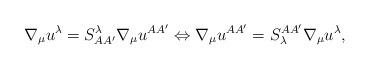
LaTeX: \begin{align*}\nabla _{\mu }u^{\lambda }=S_{AA^{\prime }}^{\lambda }\nabla _{\mu}u^{AA^{\prime }}\Leftrightarrow \nabla _{\mu }u^{AA^{\prime }}=S_{\lambda}^{AA^{\prime }}\nabla _{\mu }u^{\lambda }, \end{align*}